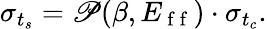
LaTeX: \sigma_{t_{s}}=\mathscr{P}(\beta,E_{\mathrm{~f~f~}})\cdot\sigma_{t_{c}}.